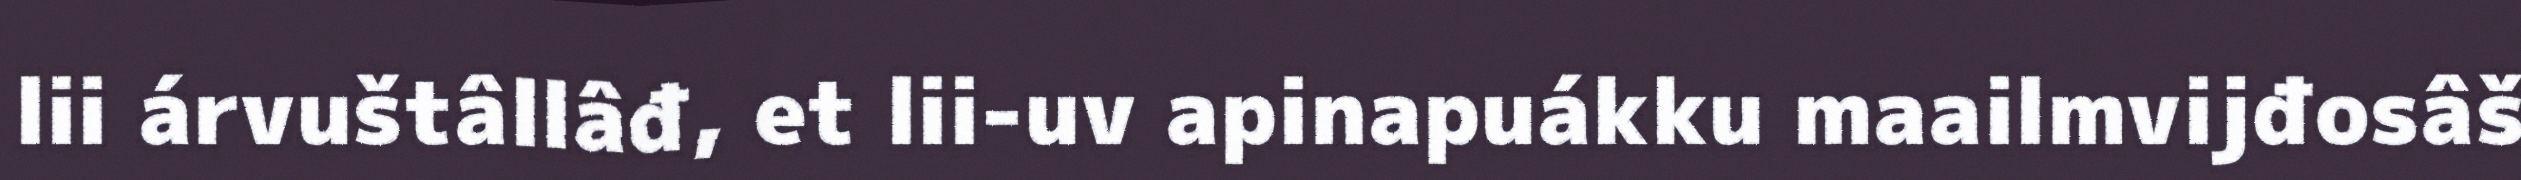
lii árvuštâllâđ, et lii-uv apinapuákku maailmvijđosâš